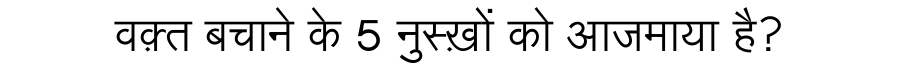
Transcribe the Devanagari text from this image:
वक़्त बचाने के 5 नुस्ख़ों को आजमाया है?